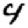
Digit: 4